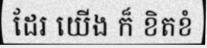
ដែរ យើង ក៏ ខិតខំ